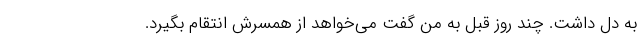
به دل داشت. چند روز قبل به من گفت می‌خواهد از همسرش انتقام بگیرد.